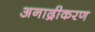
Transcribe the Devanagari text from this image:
अनाद्रीकरण